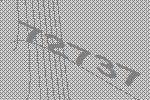
72737